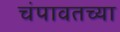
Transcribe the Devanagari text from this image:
चंपावतच्या